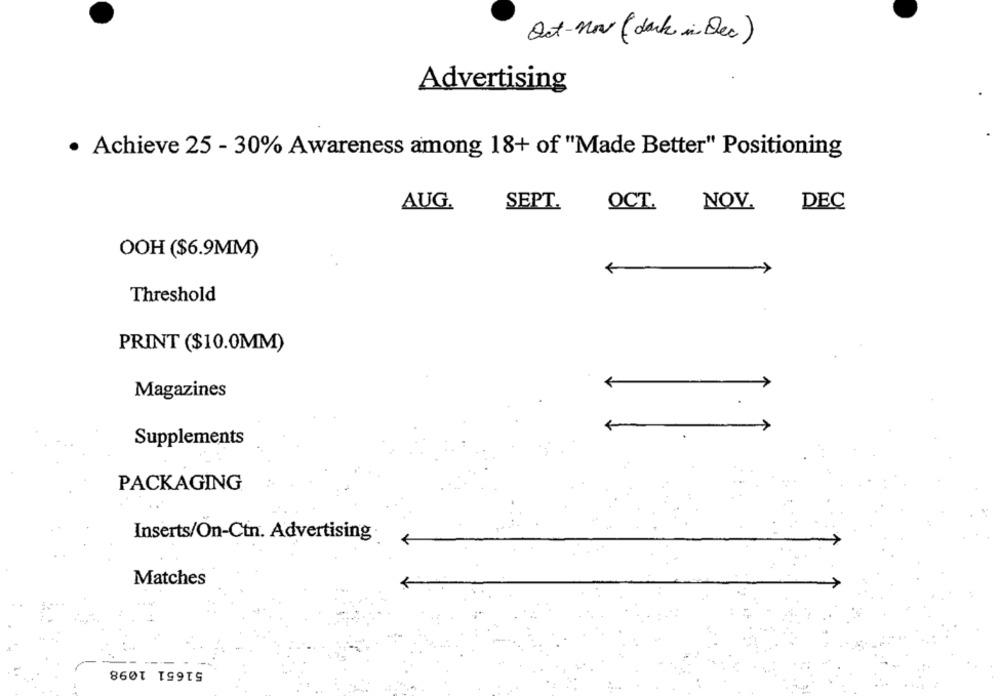
Oct- nov ( dark in Dec)
Advertising
· Achieve 25 - 30% Awareness among 18+ of "Made Better" Positioning
AUG.
SEPT.
OCT.
NOV.
DEC
OOH ($6.9MM)
Threshold
PRINT ($10.0MM)
Magazines
Supplements
PACKAGING
Inserts/On-Ctn. Advertising
Matches
51651 1098